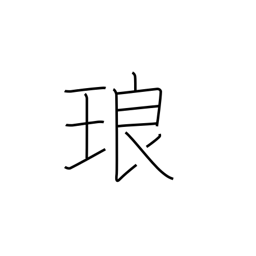
Meaning: a precious stone